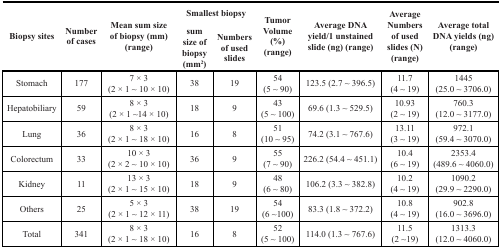
<table><thead><tr><td rowspan="2"><b>Biopsy sites</b></td><td rowspan="2"><b>Number of cases</b></td><td rowspan="2"><b>Mean sum size of biopsy (mm) (range)</b></td><td colspan="2"><b>Smallest biopsy</b></td><td rowspan="2"><b>Tumor Volume (%) (range)</b></td><td rowspan="2"><b>Average DNA yield/1 unstained slide (ng) (range)</b></td><td rowspan="2"><b>Average Numbers of used slides (N) (range)</b></td><td rowspan="2"><b>Average total DNA yields (ng) (range)</b></td></tr><tr><td><b>sum size of biopsy (mm<sup>2</sup>)</b></td><td><b>Numbers of used slides</b></td></tr></thead><tbody><tr><td>Stomach</td><td>177</td><td>7 × 3 (2 × 1 ~ 10 × 10)</td><td>38</td><td>19</td><td>54 (5 ~ 90)</td><td>123.5 (2.7 ~ 396.5)</td><td>11.7 (4 ~ 19)</td><td>1445 (25.0 ~ 3706.0)</td></tr><tr><td>Hepatobiliary</td><td>59</td><td>8 × 3 (2 × 1 ~14 × 10)</td><td>18</td><td>9</td><td>43 (5 ~ 100)</td><td>69.6 (1.3 ~ 529.5)</td><td>10.93 (2 ~ 19)</td><td>760.3 (12.0 ~ 3177.0)</td></tr><tr><td>Lung</td><td>36</td><td>8 × 3 (2 × 1 ~ 18 × 10)</td><td>16</td><td>8</td><td>51 (10 ~ 95)</td><td>74.2 (3.1 ~ 767.6)</td><td>13.11 (3 ~ 19)</td><td>972.1 (59.4 ~ 3070.0)</td></tr><tr><td>Colorectum</td><td>33</td><td>10 × 3 (2 × 2 ~ 10 × 10)</td><td>36</td><td>9</td><td>55 (7 ~ 90)</td><td>226.2 (54.4 ~ 451.1)</td><td>10.4 (6 ~ 19)</td><td>2353.4 (489.6 ~ 4060.0)</td></tr><tr><td>Kidney</td><td>11</td><td>13 × 3 (2 × 1 ~ 15 × 10)</td><td>18</td><td>9</td><td>48 (6 ~ 80)</td><td>106.2 (3.3 ~ 382.8)</td><td>10.2 (4 ~ 19)</td><td>1090.2 (29.9 ~ 2290.0)</td></tr><tr><td>Others</td><td>25</td><td>5 × 3 (2 × 1 ~ 12 × 11)</td><td>38</td><td>19</td><td>54 (6 ~100)</td><td>83.3 (1.8 ~ 372.2)</td><td>10.8 (4 ~ 19)</td><td>902.8 (16.0 ~ 3696.0)</td></tr><tr><td>Total</td><td>341</td><td>8 × 3 (2 × 1 ~ 18 × 10)</td><td>16</td><td>8</td><td>52 (5 ~ 100)</td><td>114.0 (1.3 ~ 767.6)</td><td>11.5 (2 ~19)</td><td>1313.3 (12.0 ~ 4060.0)</td></tr></tbody></table>